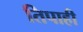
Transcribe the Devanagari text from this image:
तिपाही